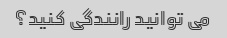
می توانید رانندگی کنید؟